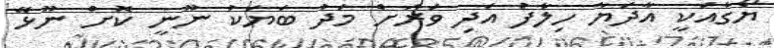
ޔޯގާއަކީ އާދަޔާ ހިލާފު އަދި ވަރަށް މަދު ބަޔަކު ނޫނީ ކޮށް ނޫޅޭ